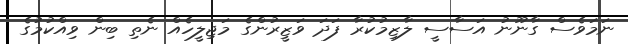
ނަމަވެސް ގާނޫނު އަސާސީ ލާޒިމުކުރާ ފަދަ ވަޒީރުންގެ މަޖިލީހެއް ނެތި ބިން ވިއްކުމުގެ